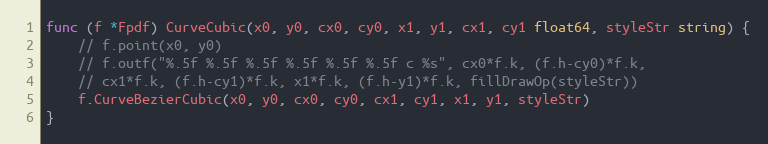
Language: Go
func (f *Fpdf) CurveCubic(x0, y0, cx0, cy0, x1, y1, cx1, cy1 float64, styleStr string) {
	// f.point(x0, y0)
	// f.outf("%.5f %.5f %.5f %.5f %.5f %.5f c %s", cx0*f.k, (f.h-cy0)*f.k,
	// cx1*f.k, (f.h-cy1)*f.k, x1*f.k, (f.h-y1)*f.k, fillDrawOp(styleStr))
	f.CurveBezierCubic(x0, y0, cx0, cy0, cx1, cy1, x1, y1, styleStr)
}